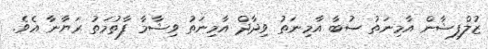
ޒުލްފިޝާން އާމިނަތު ސުބާ އާމިނަތު ވިދާދް އާމިނަތު ވިޝާމާ ފާތުމަތު ރަޔާނާ އެވެ.